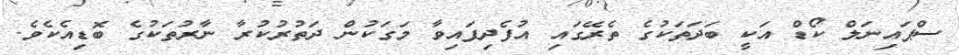
ސްޕައިނަލް ކޯޑް އަކީ ބަދަތަކުގެ ތެރޭގައި އުފެދިފައިވާ މަގަކުން ދަތުރުކުރާ ނާރުތަކުގެ ބޮޑިއެކެވެ.